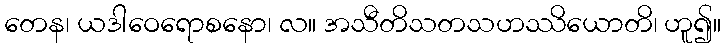
တေန၊ ယဒါဝေရောစနော၊ လ။ အသီတိသတသဟဿိယောတိ၊ ဟူ၍။